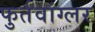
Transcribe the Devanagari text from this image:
फुर्तवांग्लर